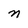
Character: n